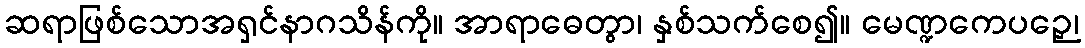
ဆရာဖြစ်သောအရှင်နာဂသိန်ကို။ အာရာဓေတွာ၊ နှစ်သက်စေ၍။ မေဏ္ဍကေပဉှေ၊